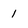
Character: 1